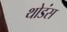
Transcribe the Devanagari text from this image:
थोडंस